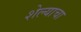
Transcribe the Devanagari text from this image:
शेल्याचा